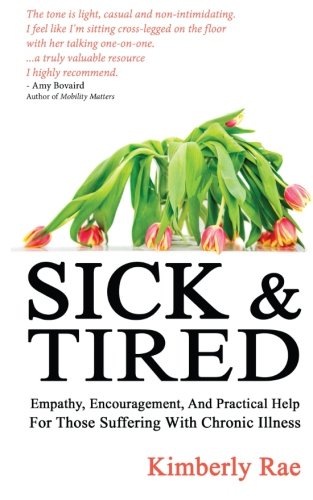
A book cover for Sick and Tired: Empathy, Encouragement, and Practical Help for Those Suffering from Chronic Health Problems; Kimberly Rae; Health, Fitness & Dieting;